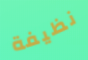
نظيفة